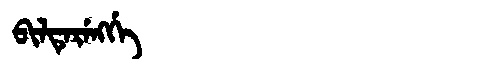
Manchu: ᠪᡳᠯᡨᡝᡵᡝᠩᡤᡝ
Romanization: BILTERENGGE